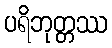
ပရိဘုတ္တဿ